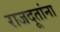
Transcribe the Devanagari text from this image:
राजदूतांना